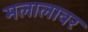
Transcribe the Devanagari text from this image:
मलालावर